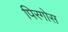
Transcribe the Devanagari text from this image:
पिरगोस